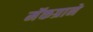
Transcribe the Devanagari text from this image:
मॅकग्राने